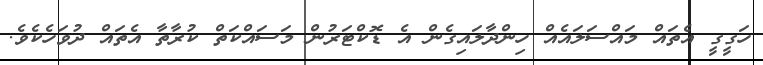
ހަގީގީ އެތައް މައްސަލައެއް ހިންދާލައިގެން އެ ޑޮކްޓަރުން މަސައްކަތް ކުރާތާ އެތައް ދުވަހެކެވެ.